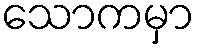
သောကမှာ